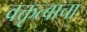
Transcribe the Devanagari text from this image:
वक्तृत्वाचा